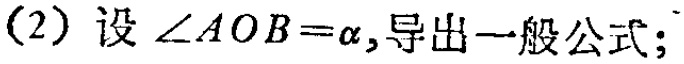
(2) 设$\angle AOB = \alpha$,导出一般公式;